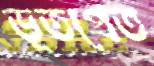
ভূতপ্রেত